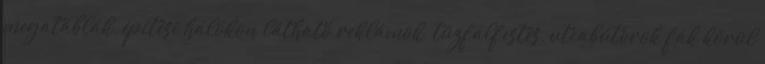
megatáblák, építési hálókon látható reklámok, tűzfalfestés, utcabútorok fák körül